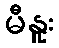
မီနူး